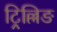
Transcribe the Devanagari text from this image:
ट्रिल्लिङ